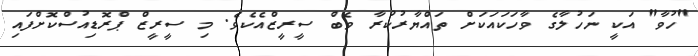
"ހުވާ" އަކީ ނަހުލާގެ ވާހަކައަކަށް ތައްޔާރުކުރާ ވެބް ސީރީޒްއެކެވެ. މި ސީރީޒް ޕްރޮޑިއުސްކޮށްފައި